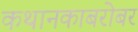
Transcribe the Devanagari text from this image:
कथानकाबरोबर